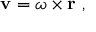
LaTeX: \mathbf { v } = { \boldsymbol { \omega } } \times \mathbf { r } \ ,